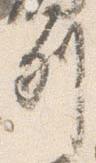
列